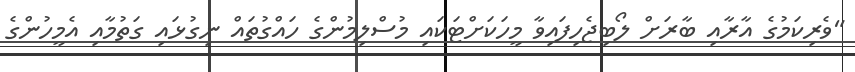
"ވެރިކަމުގެ އާރާއި ބާރަށް ލޯބިޖެހިފައިވާ މީހަކަށްޓަކައި މުސްލިމުންގެ ހައްގުތައް ނިގުޅައި ގަތުމާއި އެމީހުންގެ